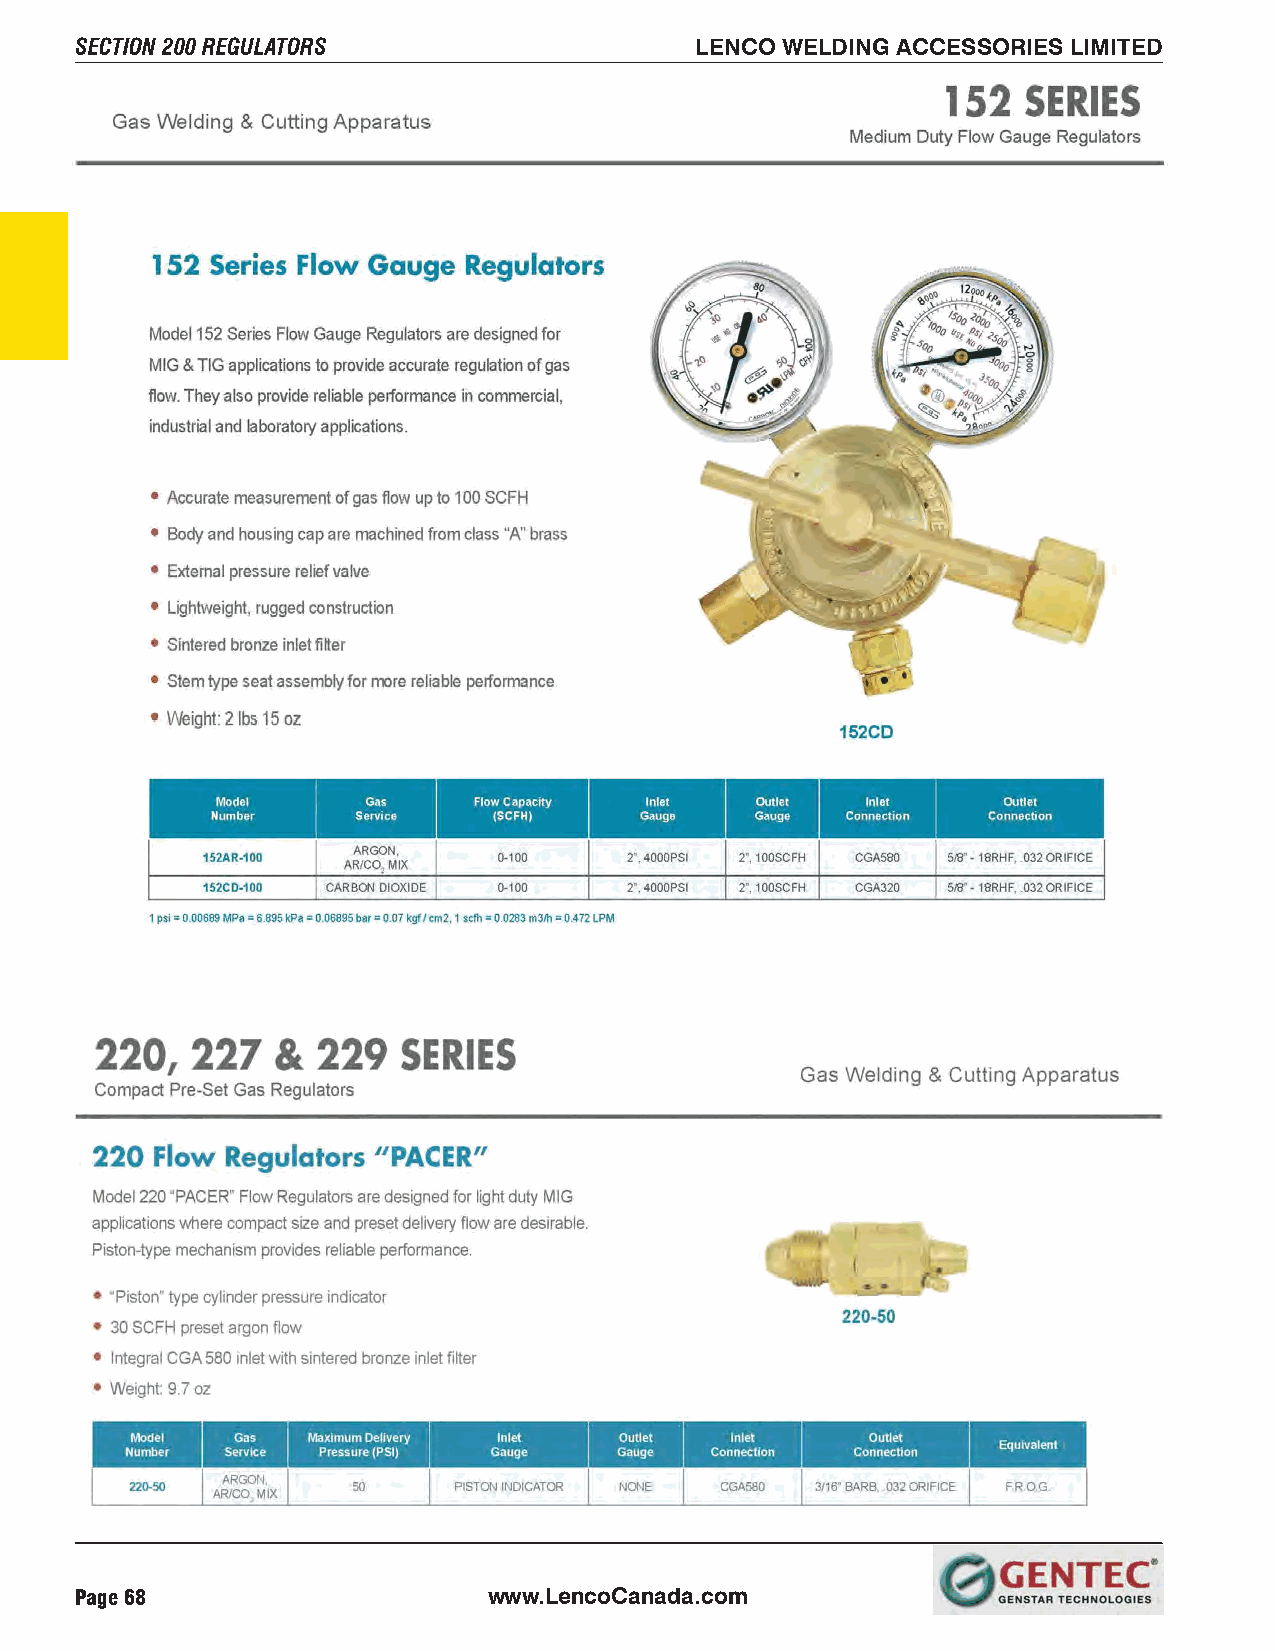
SECTION 200 REGULATORS                   LENCO WELDING ACCESSORIES LIMITED
 Page 68                    www.LencoCanada.com